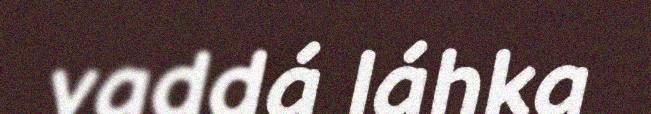
vaddá láhka